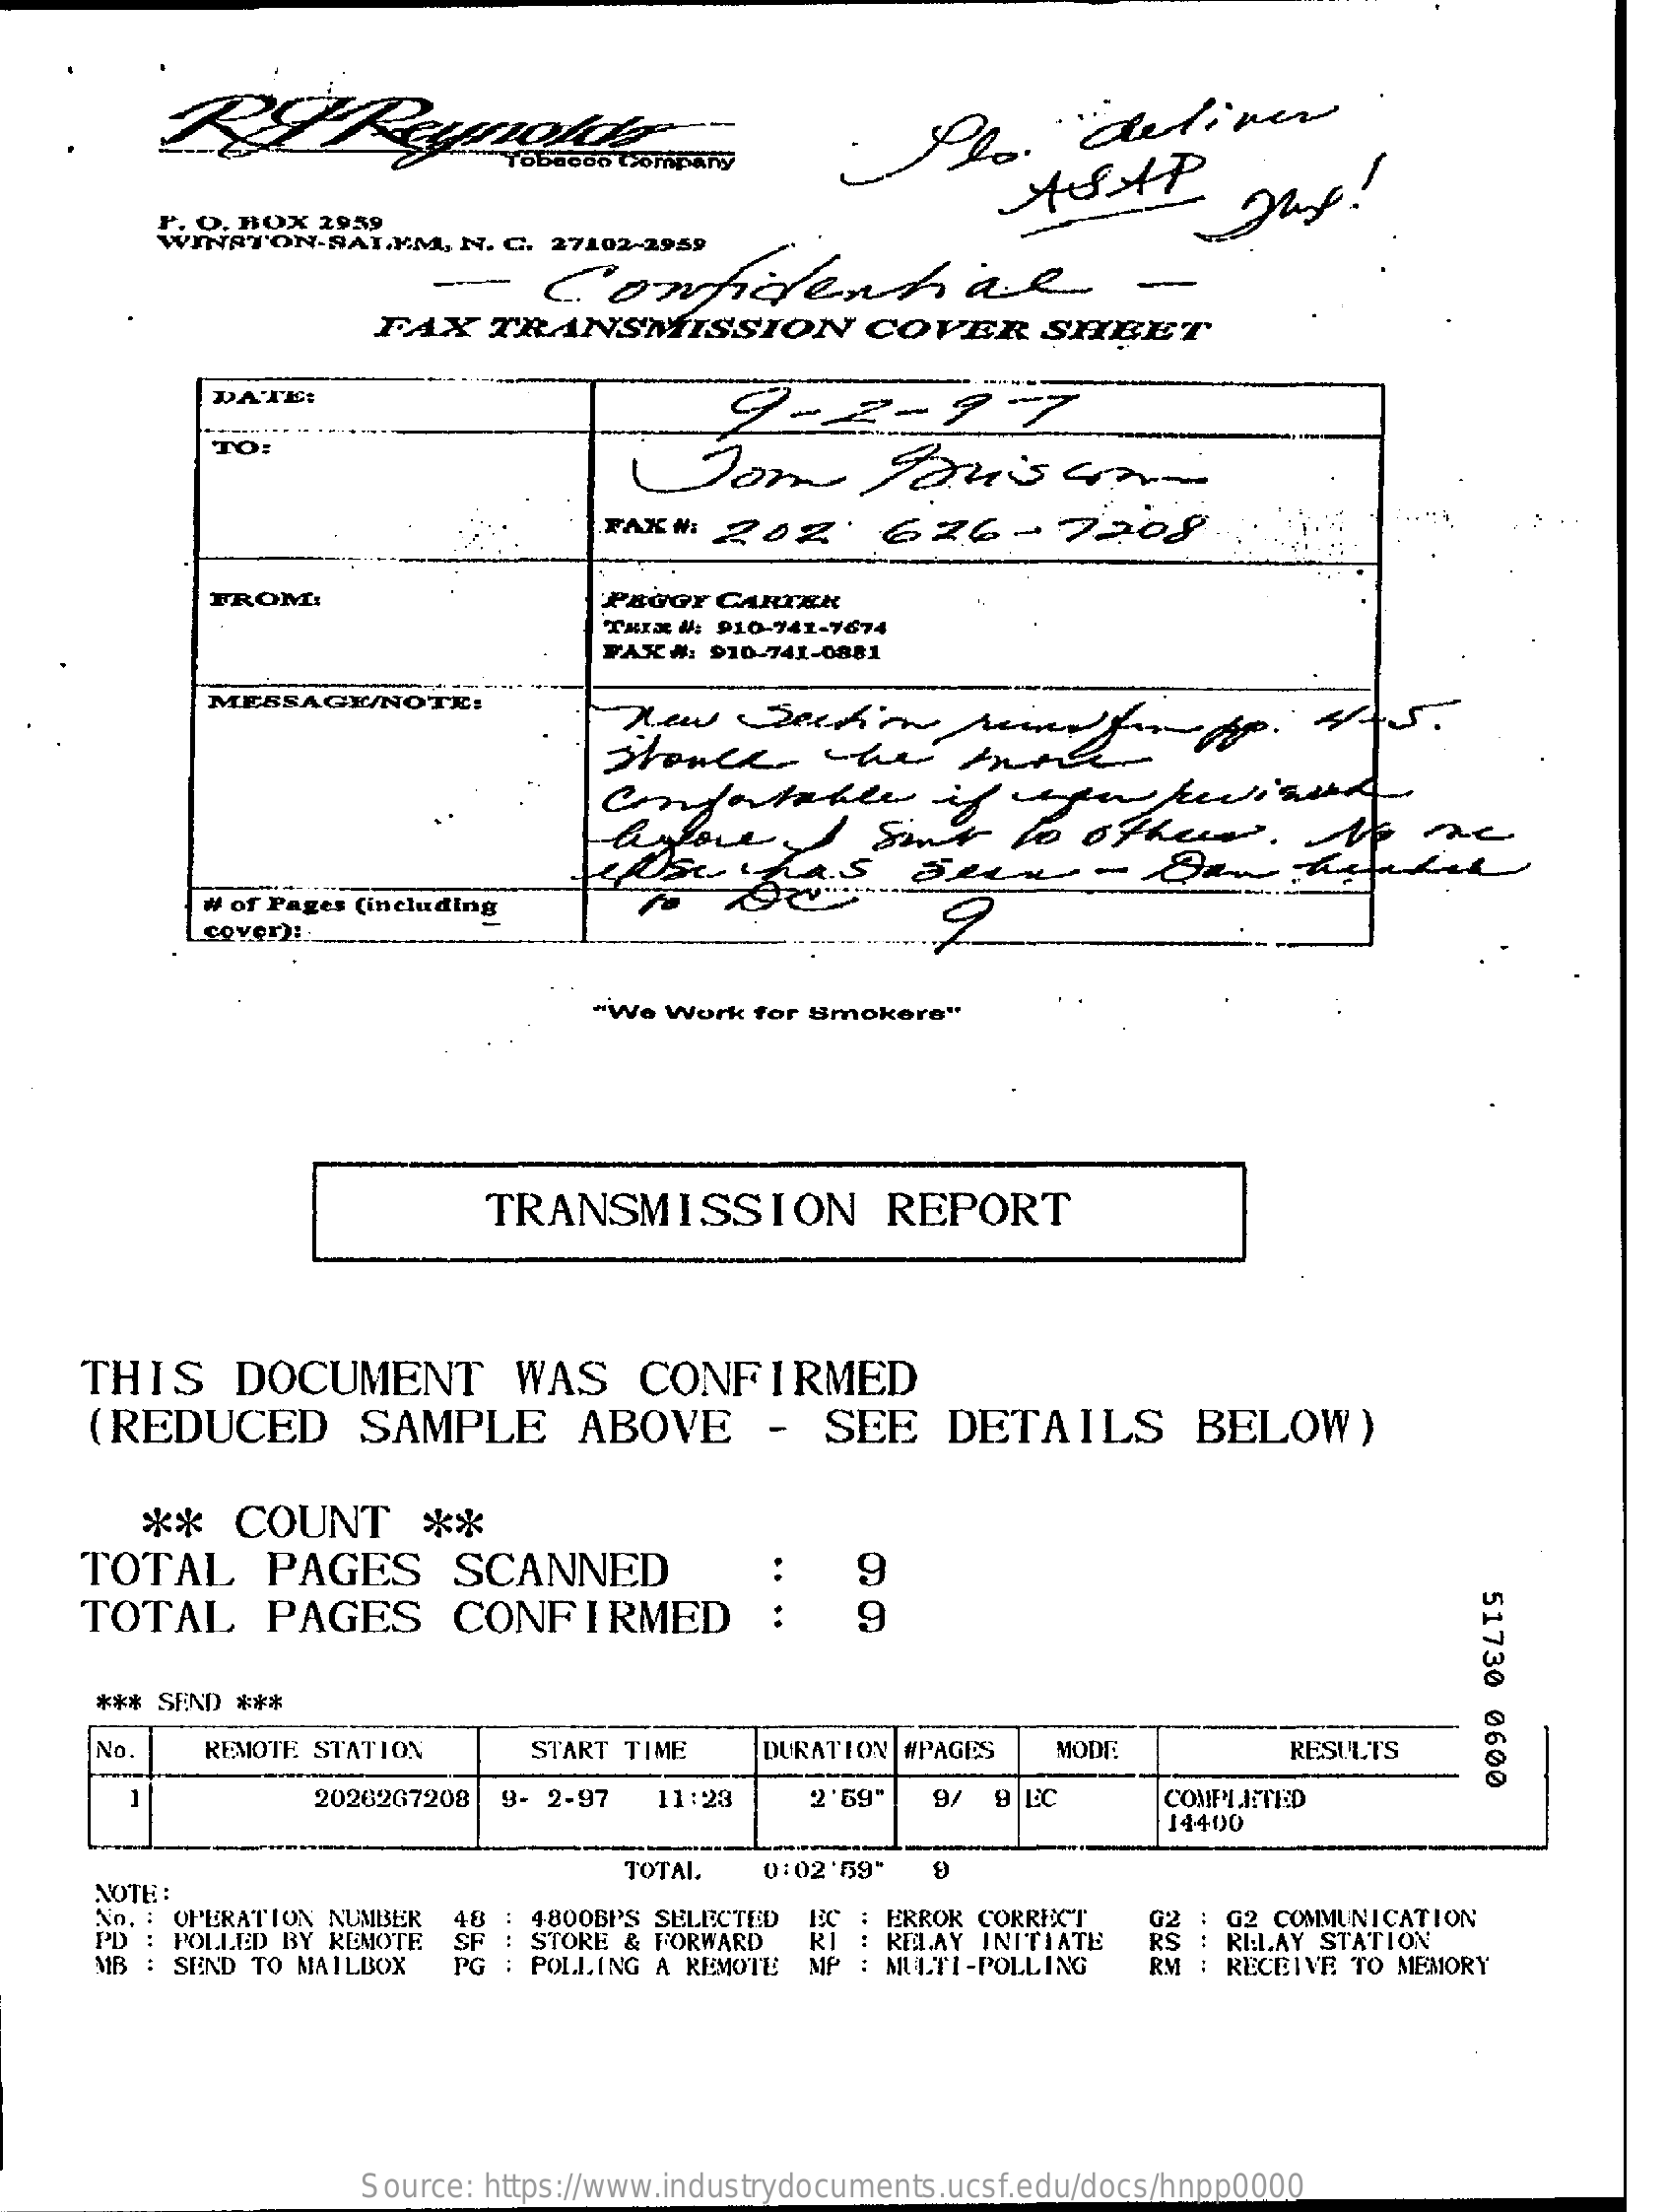
Tobacon (Sompara    Plo."    "deliver
     O. BOX  2959
     WINSTON-SALEM,    N. C. 27102-2959
     Confidential
     FAX    TRANSMISSION    COVER    SHEET
     DATE:    9-2-9-7
     TO:
     FAX#:  202    626-7208.
     FROM:    PEGGY  CARTER
     TAIX #: 910-741-7674
     FAX#:  910-741-0881
     MESSAGE/NOTE:
     byloveI    sent    to   others.    No    me
     # of Pages (including
     cover) !..
     "We  Work for Smokere"
     TRANSMISSION    REPORT
     THIS    DOCUMENT    WAS    CONFIRMED
     (REDUCED    SAMPLE    ABOVE    -   SEE    DETAILS    BELOW)
     **    COUNT    **
     TOTAL    PAGES    SCANNED    9
     51730
     0600
     TOTAL    PAGES    CONFIRMED
     *** SEND ***
     No    REMOTE STATION    START TIME    DURATION #PAGES    MODE    RESULTS
     -
     20262G7208  9- 2-97   11:23    2'69"   9/  9 EC    COMPLETED
     14400
     NOTE :
     TOTAL.  0:02'59"
     No. : OPERATION NUMBER
     PD : POLLED BY REMOTE
     48
     SF
     4800BPS SELECTED
     STORE & FORWARD  RI
     IC : ERROR CORRECT    : G2 COMMUNICATION
     MB : SEND TO MAILBOX   PG : POLLING A REMOTE MP
     RELAY INITIATE  RS : RE:LAY STATION
     : MULTI-POLLING   RM : RECEIVE TO MEMORY
     Source: https://www.industrydocuments.ucsf.edu/docs/hnpp0000